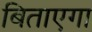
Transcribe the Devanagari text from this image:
बिताएगा